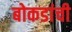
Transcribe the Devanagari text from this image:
बोकडांची